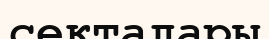
секталары